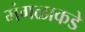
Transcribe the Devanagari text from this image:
मंगळाकडे